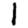
Digit: 1